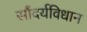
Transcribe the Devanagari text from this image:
सौंदर्यविधान